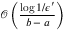
\mathcal { O } \left( \frac { \log { 1 / \epsilon ^ { \prime } } } { b - a } \right)